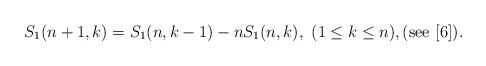
LaTeX: \begin{align*}S_1(n+1,k)=S_1(n,k-1)-nS_1(n,k),\,\,(1 \leq k \leq n),(\textnormal{see} \,\, [6]).\end{align*}